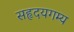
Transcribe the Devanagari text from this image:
सहृदयगम्य